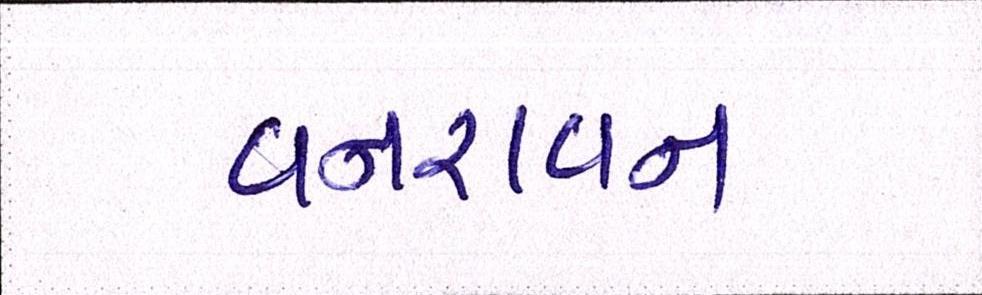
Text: વનરાવન